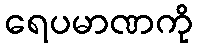
ရေပမာဏကို